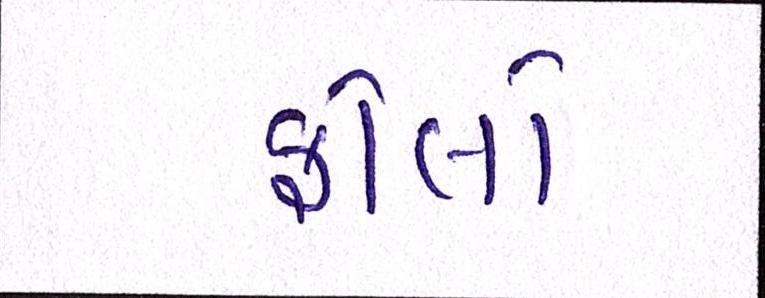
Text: ફોલો